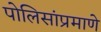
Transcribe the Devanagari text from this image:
पोलिसांप्रमाणे